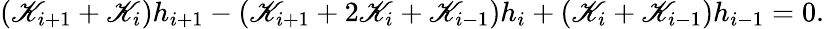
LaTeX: \left({{\mathscr{K}_{i+1}}+{\mathscr{K}_{i}}}\right){h_{i+1}}-\left({{\mathscr{K}_{i+1}}+2{\mathscr{K}_{i}}+{\mathscr{K}_{i-1}}}\right){h_{i}}+\left({{\mathscr{K}_{i}}+{\mathscr{K}_{i-1}}}\right){h_{i-1}}=0.